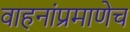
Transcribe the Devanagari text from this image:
वाहनांप्रमाणेच